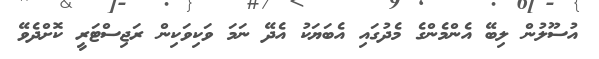
އުސޫލުން ލިބޭ އެންމެންގެ މެދުގައި އެބަޔަކު އެދޭ ނަމަ ވަކިވަކިން ރަޖިސްޓަރީ ކޮށްދެވޭ